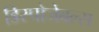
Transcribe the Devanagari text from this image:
डिस्पोजेबल्स